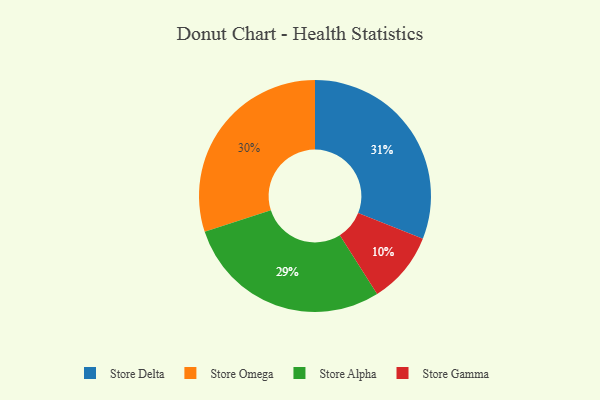
{"axis": {"x": "Category", "y": "Percentage"}, "legend": ["Store Alpha", "Store Delta", "Store Gamma", "Store Omega"], "data": [{"x": "Store Alpha", "y": 29, "type": "Store Alpha"}, {"x": "Store Delta", "y": 31, "type": "Store Delta"}, {"x": "Store Omega", "y": 30, "type": "Store Omega"}, {"x": "Store Gamma", "y": 10, "type": "Store Gamma"}]}